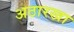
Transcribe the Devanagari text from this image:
अठारखा